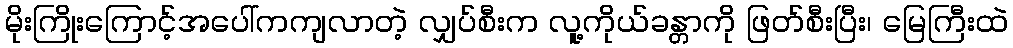
မိုးကြိုးကြောင့်အပေါ်ကကျလာတဲ့ လျှပ်စီးက လူ့ကိုယ်ခန္တာကို ဖြတ်စီးပြီး၊ မြေကြီးထဲ